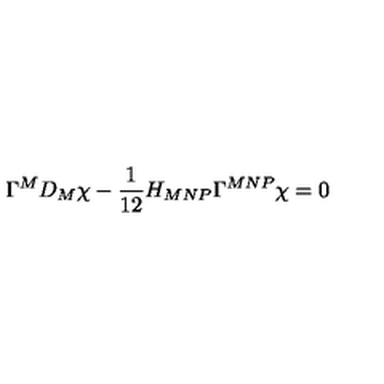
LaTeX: \Gamma ^ { M } D _ { M } \chi - \frac 1 { 1 2 } H _ { M N P } \Gamma ^ { M N P } \chi = 0